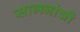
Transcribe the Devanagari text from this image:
सामनांची